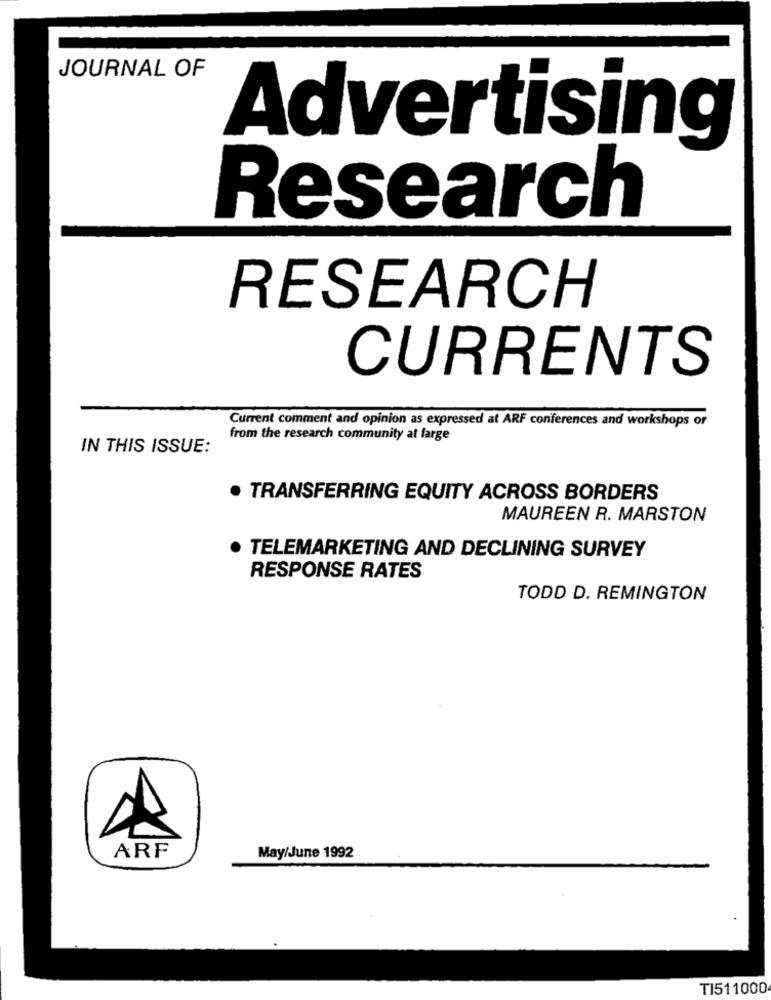
JOURNAL OF
Advertising
Research
RESEARCH
CURRENTS
Current comment and opinion as expressed at ARF conferences and workshops or
from the research community at large
IN THIS ISSUE:
. TRANSFERRING EQUITY ACROSS BORDERS
MAUREEN R. MARSTON
TELEMARKETING AND DECLINING SURVEY
RESPONSE RATES
TODD D. REMINGTON
ARF
May/June 1992
TI511000